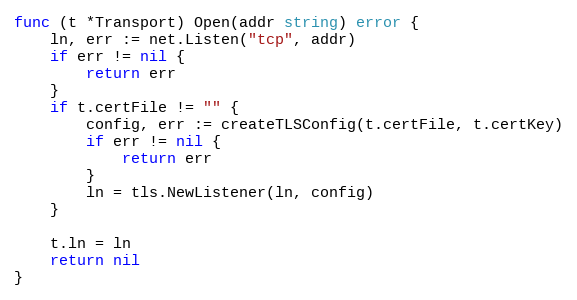
Language: Go
func (t *Transport) Open(addr string) error {
	ln, err := net.Listen("tcp", addr)
	if err != nil {
		return err
	}
	if t.certFile != "" {
		config, err := createTLSConfig(t.certFile, t.certKey)
		if err != nil {
			return err
		}
		ln = tls.NewListener(ln, config)
	}

	t.ln = ln
	return nil
}